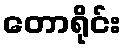
တောရိုင်း